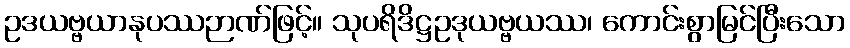
ဥဒယဗ္ဗယာနုပဿဉာဏ်ဖြင့်။ သုပရိဒိဋ္ဌဥဒုယဗ္ဗယဿ၊ ကောင်းစွာမြင်ပြီးသော